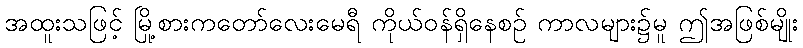
အထူးသဖြင့် မြို့စားကတော်လေးမေရီ ကိုယ်ဝန်ရှိနေစဉ် ကာလများ၌မူ ဤအဖြစ်မျိုး